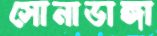
সোনাডাঙ্গা